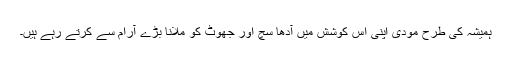
ہمیشہ کی طرح مودی اپنی اس کوشش میں آدھا سچ اور جھوٹ کو ملانا بڑے آرام سے کرتے رہے ہیں۔